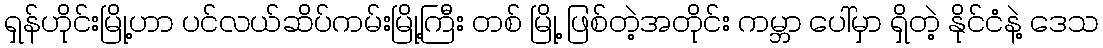
ရှန်ဟိုင်းမြို့ဟာ ပင်လယ်ဆိပ်ကမ်းမြို့ကြီး တစ် မြို့ ဖြစ်တဲ့အတိုင်း ကမ္ဘာ ပေါ်မှာ ရှိတဲ့ နိုင်ငံနဲ့ ဒေသ